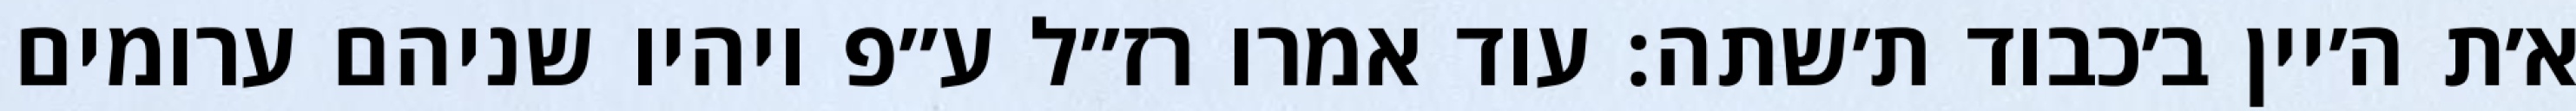
א׳ת ה׳יין ב׳כבוד ת׳שתה: עוד אמרו רז״ל ע״פ ויהיו שניהם ערומים